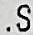
.S